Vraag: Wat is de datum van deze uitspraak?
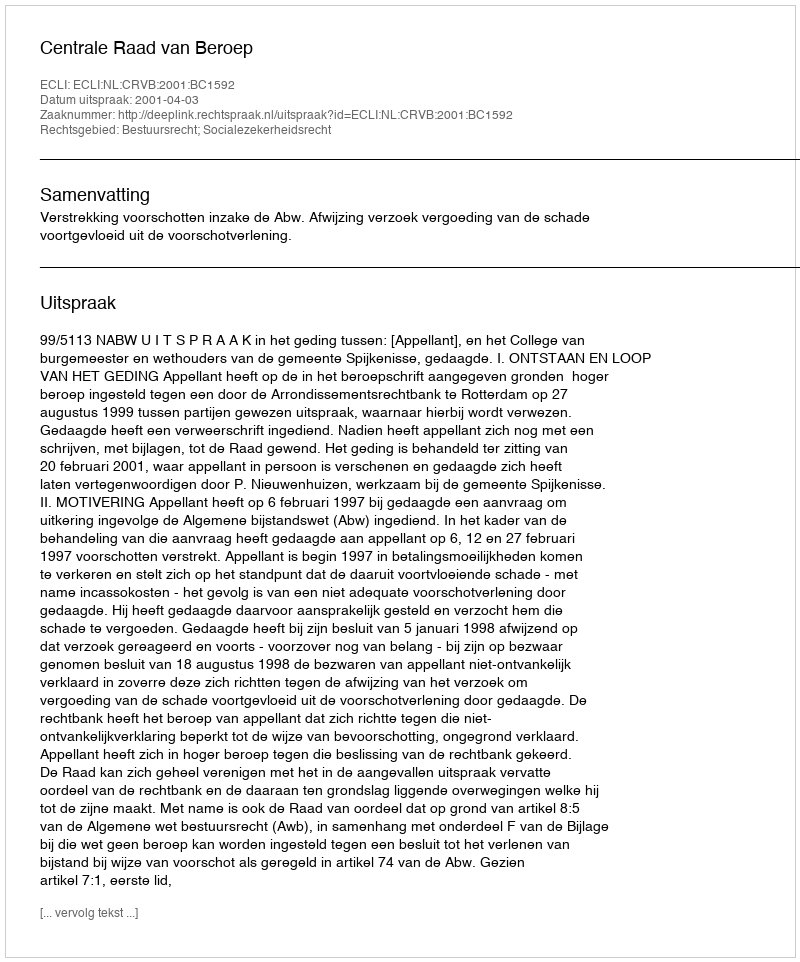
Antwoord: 2001-04-03